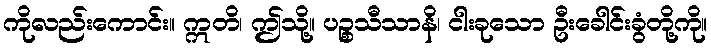
ကိုလည်းကောင်း။ ဣတိ၊ ဤသို့။ ပဉ္စသီသာနိ၊ ငါးခုသော ဦးခေါင်းခွံတို့ကို။